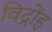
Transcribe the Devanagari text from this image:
विद्रोंह